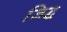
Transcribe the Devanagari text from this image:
जिद्ध